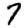
Digit: 7